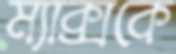
ম্যাক্সকে